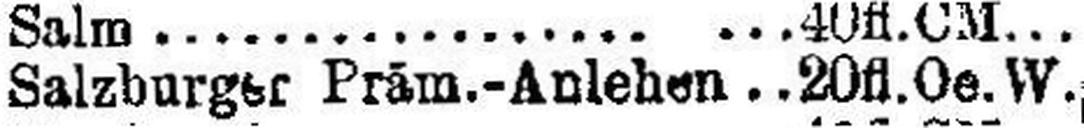
Salzburger Präm.-Anlehen 20 fl.Oe.W.